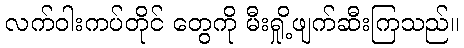
လက်ဝါးကပ်တိုင် တွေကို မီးရှို့ဖျက်ဆီးကြသည်။